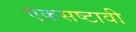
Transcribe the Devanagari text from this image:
एकसष्टावी